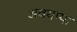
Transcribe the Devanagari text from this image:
अवयप्पा